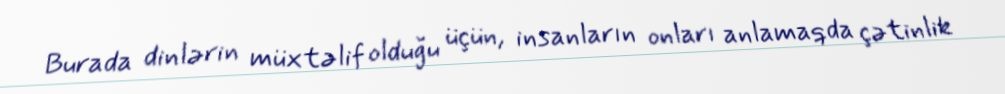
Burada dinlərin müxtəlif olduğu üçün, insanların onları anlamaqda çətinlik